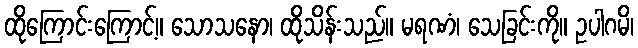
ထိုကြောင်းကြောင့်။ သောသနော၊ ထိုသိန်းသည်။ မရဏံ၊ သေခြင်းကို။ ဥပါဂမိ၊